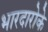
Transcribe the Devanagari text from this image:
भारदारोके